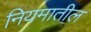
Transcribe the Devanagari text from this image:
नियमातील